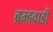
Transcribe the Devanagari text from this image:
ब्रम्हवाडी